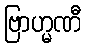
ဗြာဟ္မဏီ